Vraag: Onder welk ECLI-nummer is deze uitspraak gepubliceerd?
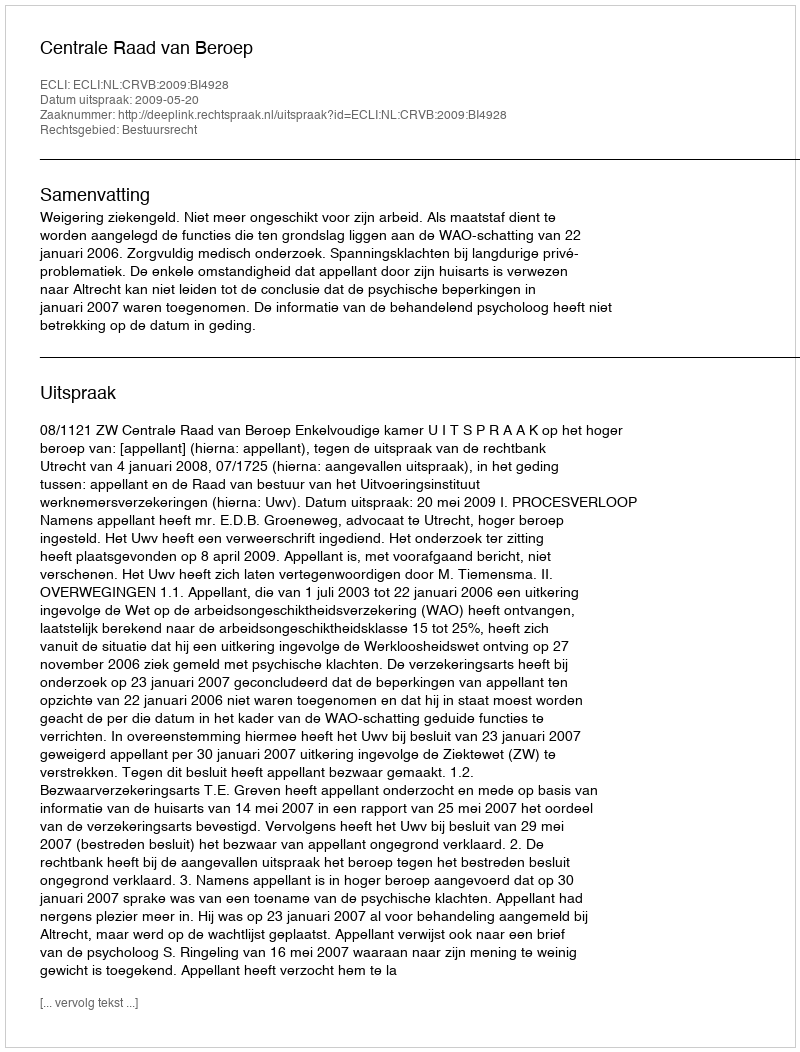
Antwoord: ECLI:NL:CRVB:2009:BI4928